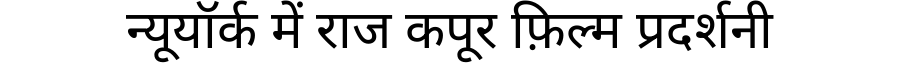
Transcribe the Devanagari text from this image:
न्यूयॉर्क में राज कपूर फ़िल्म प्रदर्शनी